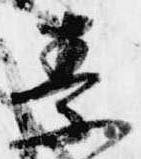
素